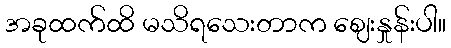
အခုထက်ထိ မသိရသေးတာက ဈေးနှုန်းပါ။